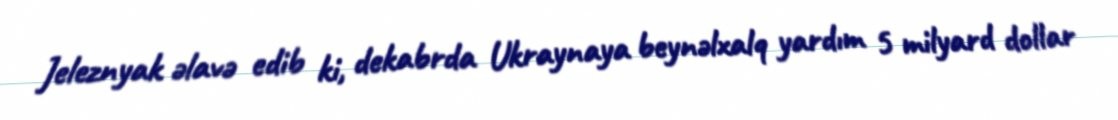
Jeleznyak əlavə edib ki, dekabrda Ukraynaya beynəlxalq yardım 5 milyard dollar